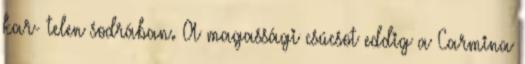
kar- telen sodrában. A magassági csúcsot eddig a Carmina